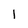
Character: l